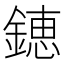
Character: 𨫍